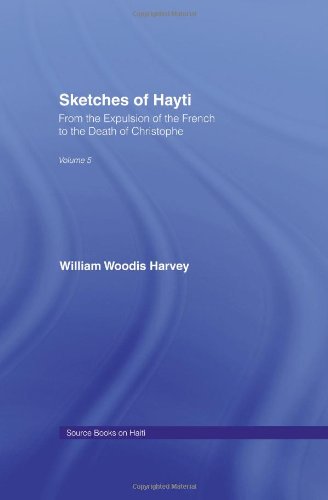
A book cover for Sketches of Hayti: From the Expulsion of the French to the Death of Christophe (Source Books on Haiti,); William Woodis Harvey; Travel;